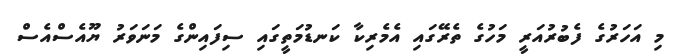
މި އަހަރުގެ ފެބުރުއަރީ މަހުގެ ތެރޭގައި އެމެރިކާ ކަނޑުމަތީގައި ސިފައިންގެ މަނަވަރު ޔޫއެސްއެސް